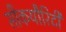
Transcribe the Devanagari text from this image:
सीकयौरिटी